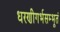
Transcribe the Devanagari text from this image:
धरणीगर्भसम्भूतं